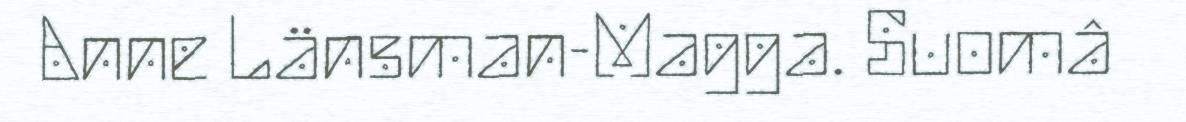
Anne Länsman-Magga. Suomâ